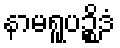
နာမရူပဉ္စိဒံ